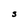
Character: S